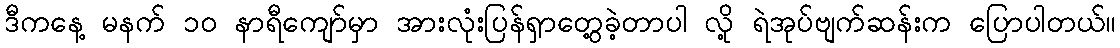
ဒီကနေ့ မနက် ၁၀ နာရီကျော်မှာ အားလုံးပြန်ရှာတွေ့ခဲ့တာပါ လို့ ရဲအုပ်ဗျက်ဆန်းက ပြောပါတယ်။